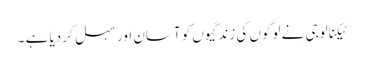
ٹیکنالوجی نے لوگوں کی زندگیوں کو آسان اور سہل کر دیا ہے ۔